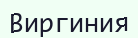
Виргиния